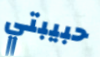
حبيبتي